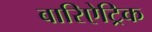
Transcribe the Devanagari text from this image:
बारिऐट्रिक